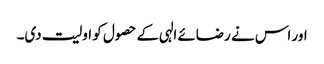
اور اس نے رضائے الہی کے حصول کو اولیت دی۔